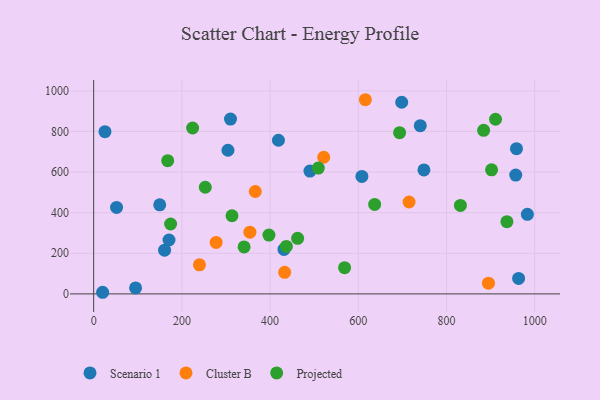
{"axis": {"x": "Speed", "y": "Profit"}, "legend": ["Cluster B", "Projected", "Scenario 1"], "data": [{"x": "160.7", "y": 215.2, "type": "Scenario 1"}, {"x": "983.2", "y": 392.0, "type": "Scenario 1"}, {"x": "956.8", "y": 585.2, "type": "Scenario 1"}, {"x": "418.9", "y": 756.6, "type": "Scenario 1"}, {"x": "51.9", "y": 425.8, "type": "Scenario 1"}, {"x": "748.7", "y": 610.8, "type": "Scenario 1"}, {"x": "20.3", "y": 8.0, "type": "Scenario 1"}, {"x": "170.8", "y": 265.4, "type": "Scenario 1"}, {"x": "740.4", "y": 828.5, "type": "Scenario 1"}, {"x": "958.5", "y": 715.3, "type": "Scenario 1"}, {"x": "963.3", "y": 76.1, "type": "Scenario 1"}, {"x": "490.2", "y": 604.7, "type": "Scenario 1"}, {"x": "95.0", "y": 29.2, "type": "Scenario 1"}, {"x": "149.7", "y": 438.9, "type": "Scenario 1"}, {"x": "304.4", "y": 707.4, "type": "Scenario 1"}, {"x": "698.3", "y": 943.8, "type": "Scenario 1"}, {"x": "431.4", "y": 219.2, "type": "Scenario 1"}, {"x": "25.6", "y": 798.9, "type": "Scenario 1"}, {"x": "310.2", "y": 861.1, "type": "Scenario 1"}, {"x": "608.1", "y": 578.4, "type": "Scenario 1"}, {"x": "366.4", "y": 504.3, "type": "Cluster B"}, {"x": "354.1", "y": 303.8, "type": "Cluster B"}, {"x": "715.0", "y": 452.7, "type": "Cluster B"}, {"x": "239.8", "y": 143.1, "type": "Cluster B"}, {"x": "895.0", "y": 53.0, "type": "Cluster B"}, {"x": "433.0", "y": 106.1, "type": "Cluster B"}, {"x": "615.9", "y": 956.3, "type": "Cluster B"}, {"x": "277.6", "y": 253.5, "type": "Cluster B"}, {"x": "521.5", "y": 672.9, "type": "Cluster B"}, {"x": "341.0", "y": 231.5, "type": "Projected"}, {"x": "167.8", "y": 656.3, "type": "Projected"}, {"x": "462.4", "y": 273.7, "type": "Projected"}, {"x": "936.8", "y": 355.7, "type": "Projected"}, {"x": "397.3", "y": 289.6, "type": "Projected"}, {"x": "253.0", "y": 525.3, "type": "Projected"}, {"x": "831.4", "y": 435.9, "type": "Projected"}, {"x": "174.4", "y": 344.2, "type": "Projected"}, {"x": "884.0", "y": 805.4, "type": "Projected"}, {"x": "568.8", "y": 129.3, "type": "Projected"}, {"x": "436.8", "y": 233.6, "type": "Projected"}, {"x": "509.2", "y": 619.6, "type": "Projected"}, {"x": "637.0", "y": 440.6, "type": "Projected"}, {"x": "693.5", "y": 794.0, "type": "Projected"}, {"x": "902.0", "y": 611.1, "type": "Projected"}, {"x": "313.6", "y": 385.0, "type": "Projected"}, {"x": "911.0", "y": 860.1, "type": "Projected"}, {"x": "224.3", "y": 817.0, "type": "Projected"}]}